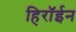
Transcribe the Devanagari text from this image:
हिरॉईन